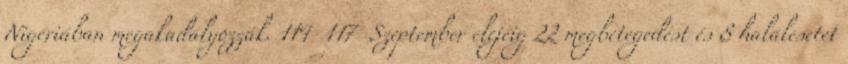
Nigériában megakadályozzák. 114 117 Szeptember elejéig 22 megbetegedést és 8 halálesetet